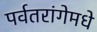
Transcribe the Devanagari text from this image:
पर्वतरांगेमधे